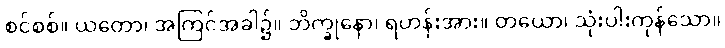
စင်စစ်။ ယတော၊ အကြင်အခါ၌။ ဘိက္ခုနော၊ ရဟန်းအား။ တယော၊ သုံးပါးကုန်သော။